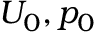
U _ { 0 } , p _ { 0 }